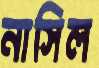
নাসিল